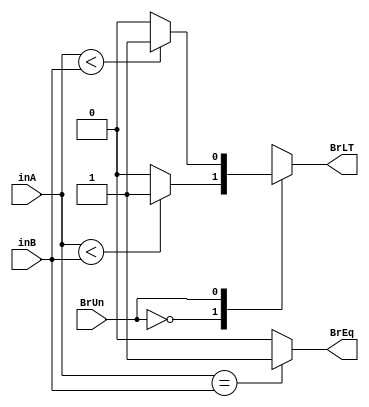
`timescale 1ns / 1ps
//////////////////////////////////////////////////////////////////////////////////
// Company: 
// Engineer: 
// 
// Design Name: 
// Module Name: branch_comp
// Project Name: 
// Target Devices: 
// Tool Versions: 
// Description: 
// 
// Dependencies: 
// 
// Revision:
// Revision 0.01 - File Created
// Additional Comments:
// 
//////////////////////////////////////////////////////////////////////////////////


module branch_comp(
    inA,
    inB,
    BrUn,
    BrEq,
    BrLT
    );
input [31:0] inA, inB;
input BrUn;
output BrEq, BrLT;
reg BrEq, BrLT;

initial begin
    BrEq <= 1'b0;
    BrLT <= 1'b0;
end

always @(*)
begin

case (BrUn)
    1'b0:
        begin
            BrEq = (inA == inB) ? 1'b1 : 1'b0;
            BrLT = ($signed(inA) < $signed(inB)) ? 1'b1 : 1'b0;
        end
    1'b1:
        begin
            BrEq = (inA == inB) ? 1'b1 : 1'b0;
            BrLT = (inA <  inB) ? 1'b1 : 1'b0;
        end
endcase

end

endmodule